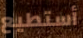
أستطيع